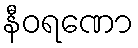
နီဝရဏော